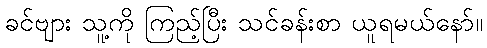
ခင်ဗျား သူ့ကို ကြည့်ပြီး သင်ခန်းစာ ယူရမယ်နော်။